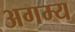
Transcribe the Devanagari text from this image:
अगम्‍य